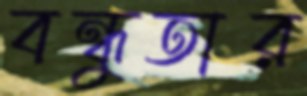
বন্ধুতার